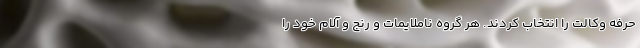
حرفه وکالت را انتخاب کردند. هر گروه ناملایمات و رنج و آلام خود را